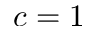
c = 1